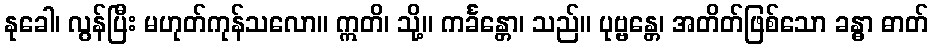
နုခေါ၊ လွန်ပြီး မဟုတ်ကုန်သလော။ ဣတိ၊ သို့။ ကင်္ခန္တော၊ သည်။ ပုဗ္ဗန္တေ၊ အတိတ်ဖြစ်သော ခန္ဓာ ဓာတ်